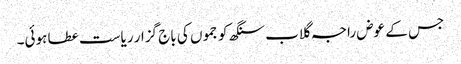
جس کے عوض راجہ گلاب سنگھ کو جموں کی باج گزار ریاست عطا ہوئی۔